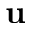
\mathbf { u }